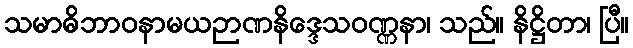
သမာဓိဘာဝနာမယဉာဏနိဒ္ဒေသဝဏ္ဏနာ၊ သည်။ နိဋ္ဌိတာ၊ ပြီ။